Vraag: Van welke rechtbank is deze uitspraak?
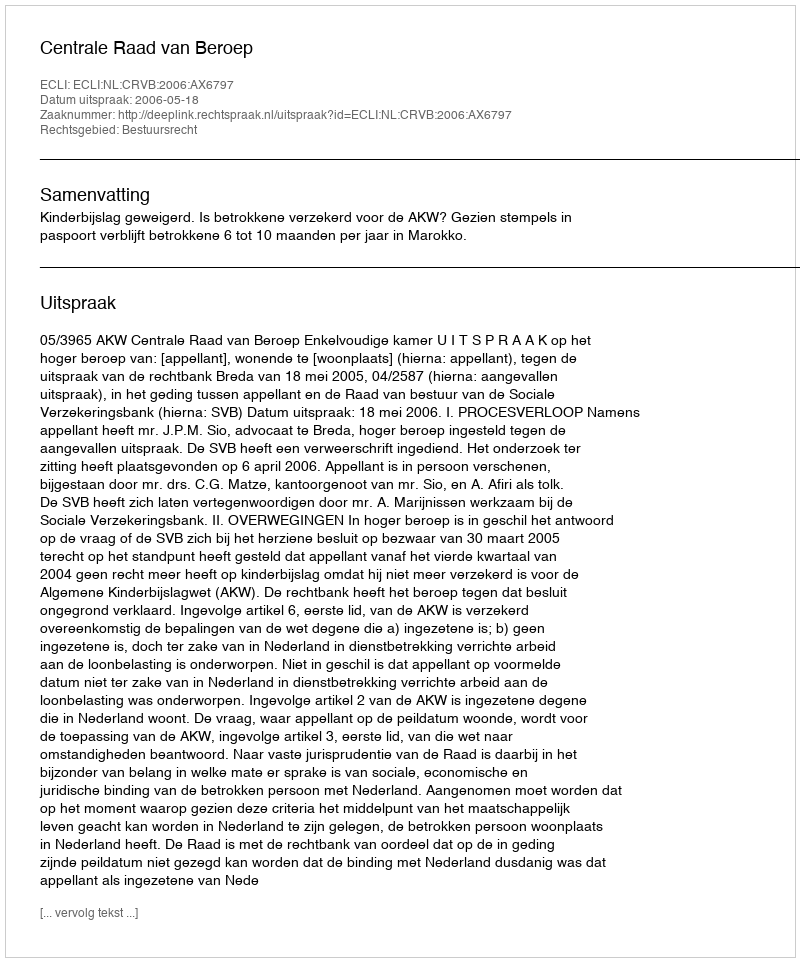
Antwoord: Centrale Raad van Beroep